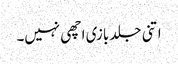
اتنی جلد بازی اچھی نہیں۔